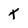
Character: t